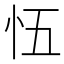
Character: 𭜐